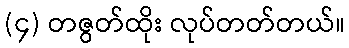
(၄) တဇွတ်ထိုး လုပ်တတ်တယ်။